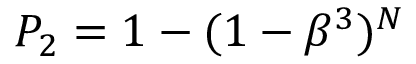
P _ { 2 } = 1 - ( 1 - \beta ^ { 3 } ) ^ { N }